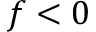
f < 0